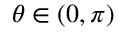
\theta \in ( 0 , \pi )